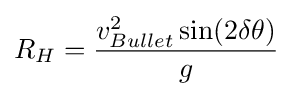
R_{H}={\frac {v_{Bullet}^{2}\sin(2\delta \theta )}{g}}